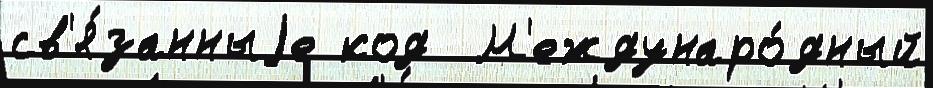
св'я́занныjе код  М'еждунаро́дный